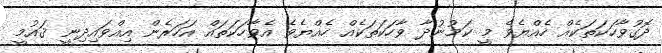
ދޮގުވާހަކަތަކެއް ހެއްޔެވެ މީ ކަމުނުދާ ވާހަކަތަކެއް ހެއްޔެވެ އެވާހަކަތައް އަހަރެން އިއްވައިދިނީ ޤައުމީ